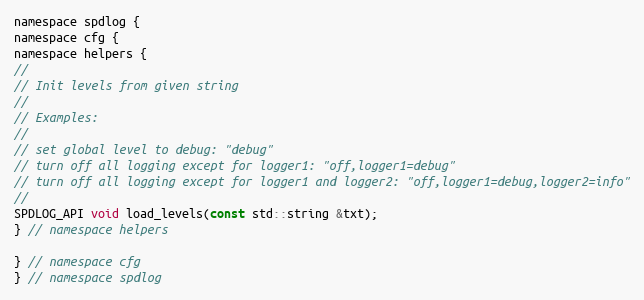
Language: C
namespace spdlog {
namespace cfg {
namespace helpers {
//
// Init levels from given string
//
// Examples:
//
// set global level to debug: "debug"
// turn off all logging except for logger1: "off,logger1=debug"
// turn off all logging except for logger1 and logger2: "off,logger1=debug,logger2=info"
//
SPDLOG_API void load_levels(const std::string &txt);
} // namespace helpers

} // namespace cfg
} // namespace spdlog